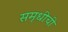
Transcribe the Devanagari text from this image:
समृधीची